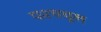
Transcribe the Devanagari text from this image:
पश्‍चयूल